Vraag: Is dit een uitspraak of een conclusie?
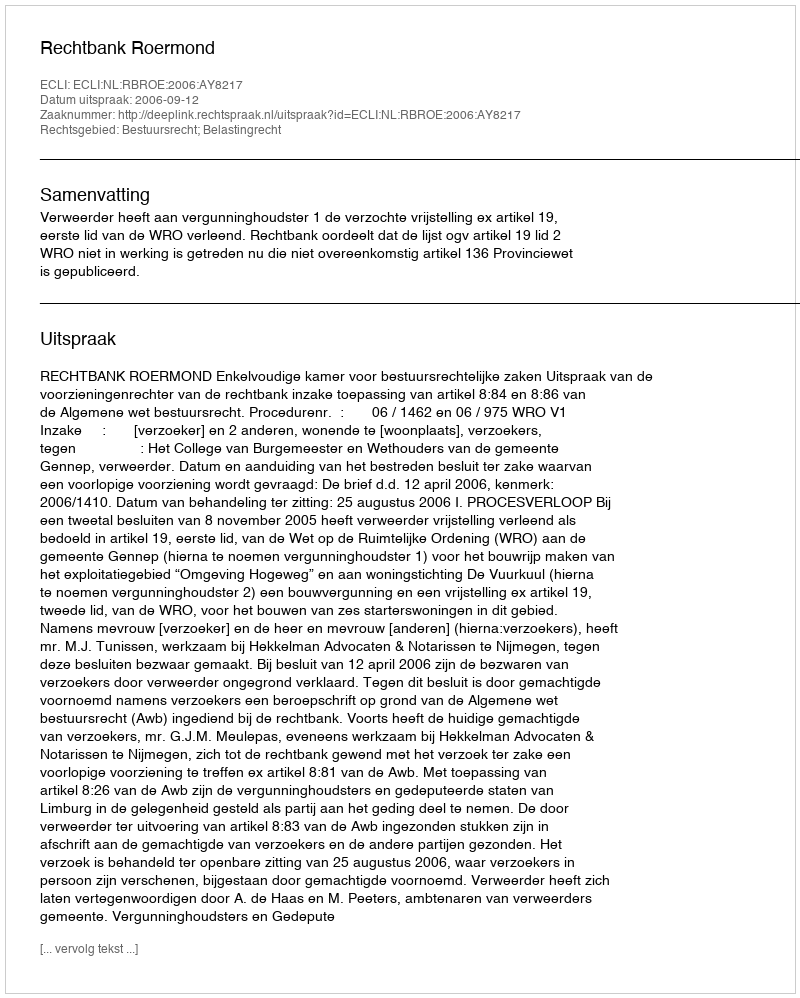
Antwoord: Uitspraak